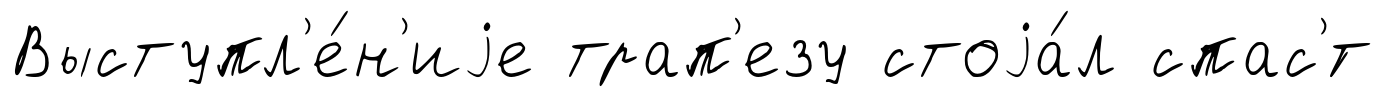
Выступл'е́н'иjе трап'езу стоjа́л спас'́т